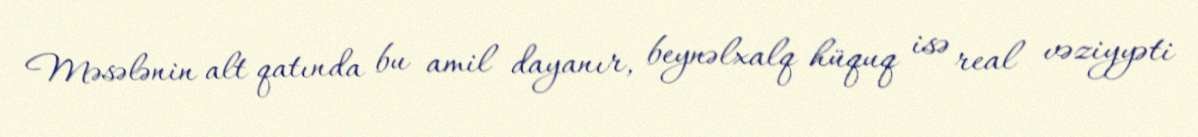
Məsələnin alt qatında bu amil dayanır, beynəlxalq hüquq isə real vəziyyəti